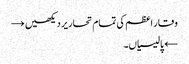
وقار اعظم کی تمام تحاریر دیکھیں →
← پالیسیاں۔